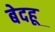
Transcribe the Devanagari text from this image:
बेदहू